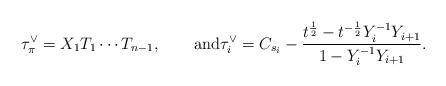
LaTeX: \begin{align*}\tau^\vee_\pi = X_1T_1\cdots T_{n-1},\qquad\hbox{and}\tau^\vee_i = C_{s_i}-\frac{t^{\frac12} - t^{-\frac12}Y^{-1}_iY_{i+1}}{1-Y^{-1}_iY_{i+1}}.\end{align*}